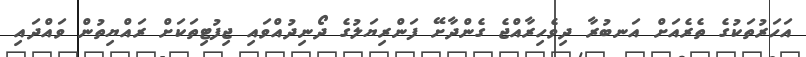
އަހަރުތަކުގެ ތެރެއަށް އަނބުރާ ދިވެހިރާއްޖެ ގެންދާށޭ ފަންރިޔަލުގެ ދޯނިދުއްވައި ޖިފުޓިތަކަށް ރައްޔިތުން ވައްދައި